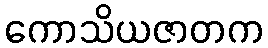
ကောသိယဇာတက